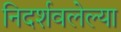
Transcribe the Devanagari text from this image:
निदर्शवलेल्या